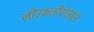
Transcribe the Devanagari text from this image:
नीउकलीयोसाईड